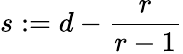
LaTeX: s:=d-\frac{r}{r-1}